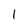
Character: 1